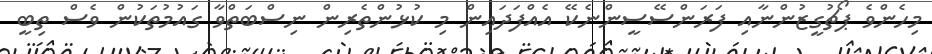
މިހެންވެ ޕޯޗުގީޒުންނާއި ފަރަންސޭސީންނެކޭ އެއްފަދައިން މި ކުޅުންތެރިން ނިސްބަތްވާ ގައުމުތަކުން ވެސް ތިބީ